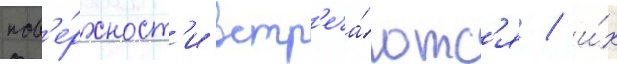
пов'е́рхност'и встр'еча́ютс'я / и́х